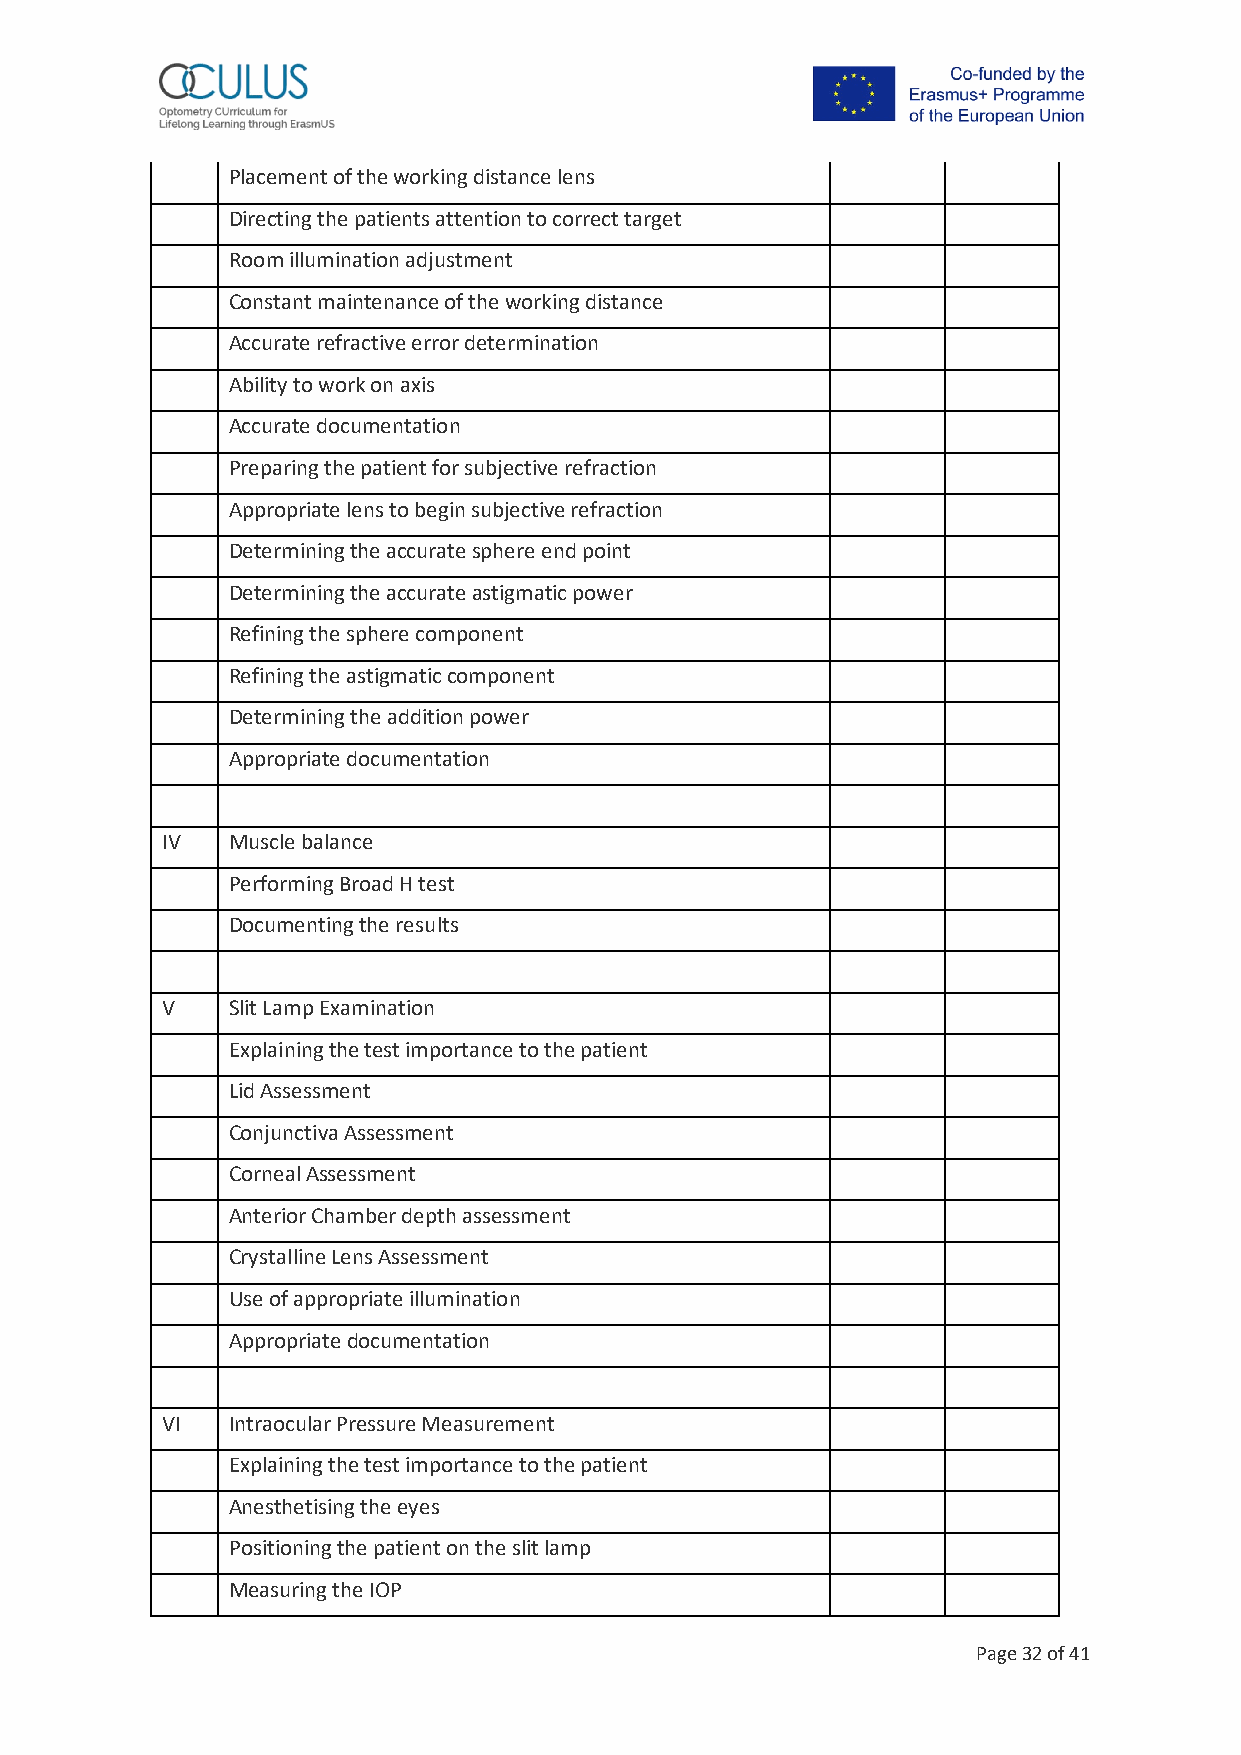
Placement of the working distance lens
 Directing the patients attention to correct target
 Room illumination adjustment
 Constant maintenance of the working distance
 Accurate refractive error determination
 Ability to work on axis
 Accurate documentation
 Preparing the patient for subjective refraction
 Appropriate lens to begin subjective refraction
 Determining the accurate sphere end point
 Determining the accurate astigmatic power
 Refining the sphere component
 Refining the astigmatic component
 Determining the addition power
 Appropriate documentation
 IV  Muscle balance
 Performing Broad H test
 Documenting the results
 V   Slit Lamp Examination
 Explaining the test importance to the patient
 Lid Assessment
 Conjunctiva Assessment
 Corneal Assessment
 Anterior Chamber depth assessment
 Crystalline Lens Assessment
 Use of appropriate illumination
 Appropriate documentation
 VI  Intraocular Pressure Measurement
 Explaining the test importance to the patient
 Anesthetising the eyes
 Positioning the patient on the slit lamp
 Measuring the IOP
 Page 32 of 41